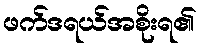
ဖက်ဒရယ်အစိုးရ၏